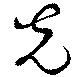
光